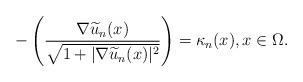
LaTeX: \begin{align*} -\left(\frac{ \nabla\widetilde u_n(x) }{\sqrt{1+|\nabla \widetilde u_n(x)|^2}}\right)= \kappa_n(x), x \in \Omega.\end{align*}